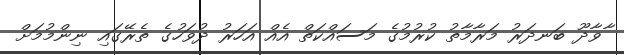
ާވާދޫ ބަނދަރު މަރާމާތު ކުރުމުގެ މަސައްކަތް އެއް އަހަރު ދުވަހުގެ ތެރޭގައި ނިންމުމަށް